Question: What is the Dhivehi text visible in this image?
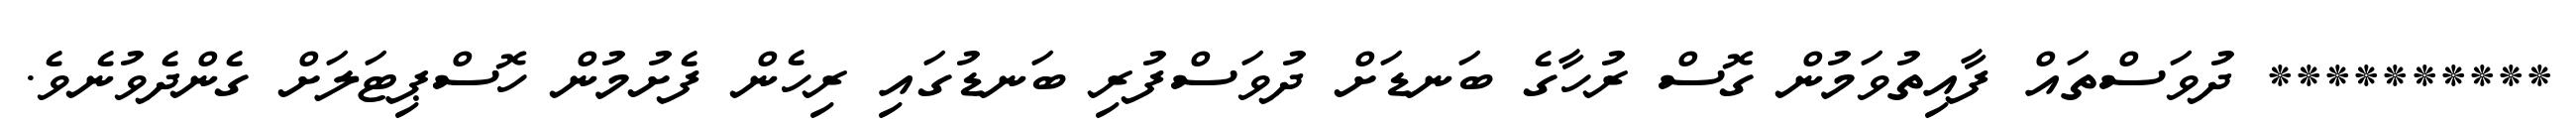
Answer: ********** ދުވަސްތައް ފާއިތުވަމުން ގޮސް ރުހާގެ ބަނޑަށް ދުވަސްފުރި ބަނޑުގައި ރިހެން ފެށުމުން ހޮސްޕިޓަލަށް ގެންދެވުނެވެ.